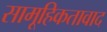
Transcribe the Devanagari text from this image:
सामूहिकतावाद